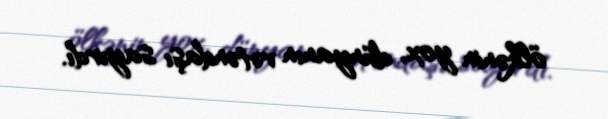
ölkənin yox, dünyanın vətəndaşı sayırdı.